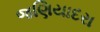
જણિયાદરા